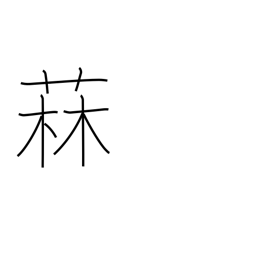
Meaning: kind of thistle